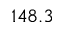
1 4 8 . 3